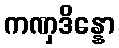
ကဏှဒိန္နော